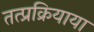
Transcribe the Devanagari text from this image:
तत्प्रक्रियाया